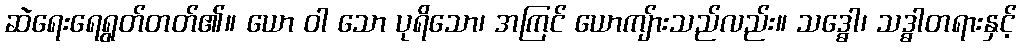
ဆဲရေးရေရွတ်တတ်၏။ ယော ဝါ သော ပုရိသော၊ အကြင် ယောကျ်ားသည်လည်း။ သဒ္ဓေါ၊ သဒ္ဓါတရားနှင့်